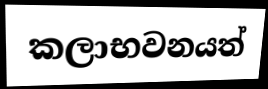
කලාභවනයත්